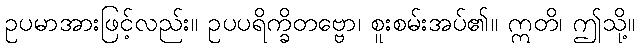
ဥပမာအားဖြင့်လည်း။ ဥပပရိက္ခိတဗ္ဗော၊ စူးစမ်းအပ်၏။ ဣတိ၊ ဤသို့။